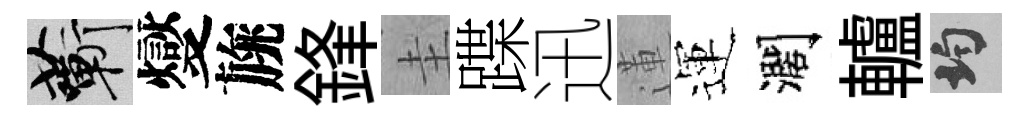
蔪燮旐鋒圭蹀迅蓮運濶轤均